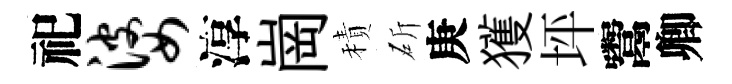
祀婆淳崗積斫庚獲坪鬻卿